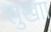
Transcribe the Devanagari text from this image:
सुखाा